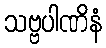
သဗ္ဗပါဏိနံ